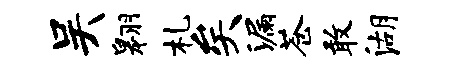
吴翱札矣漏苍敢湖